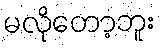
မလိုတော့ဘူး